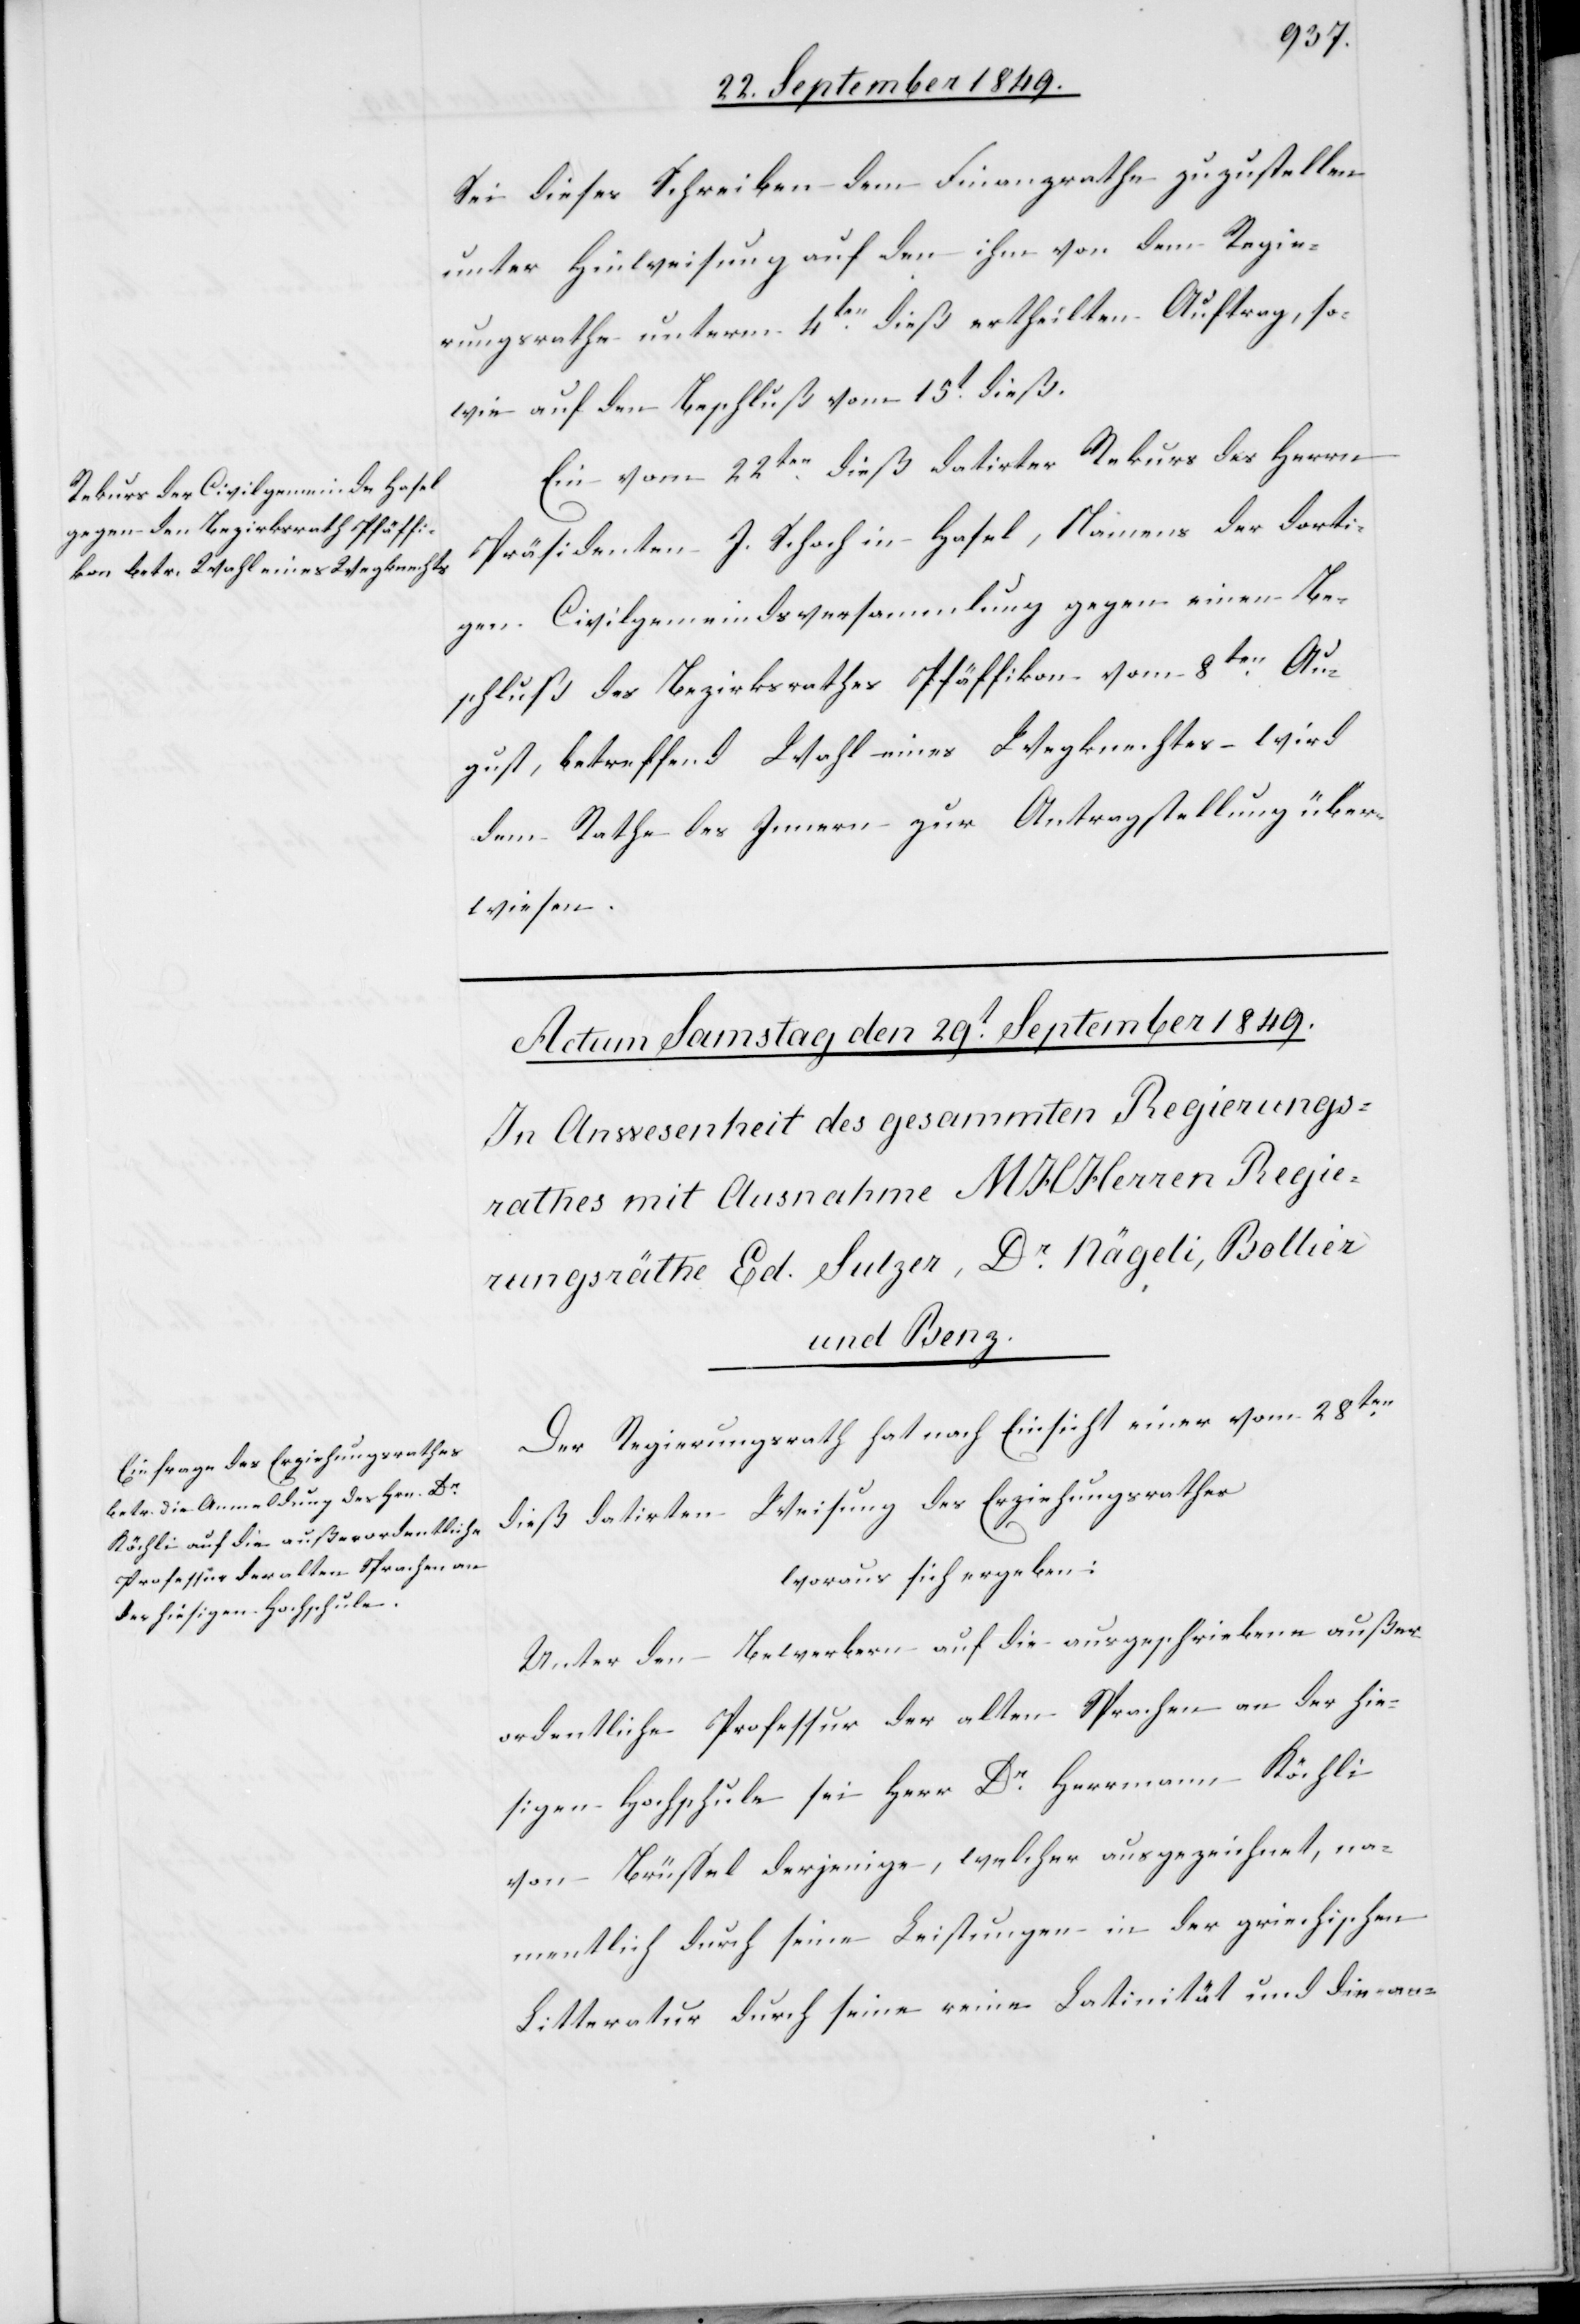
27 September 1849.]
Sei dieses Schreiben dem Finanzrathe zuzustellen
unter Hinweisung auf den ihm von dem Regie¬
rungsrathe unterm 4ten dieß ertheilten Auftrag, so¬
wie auf den Beschluß vom 15t dieß.
Ein vom 22ten dieß datirter Rekurs des Herrn
Präsidenten J. Schoch in Hasel, Namens der dorti¬
gen Civilgemeindsversammlung gegen einen Be¬
schluß des Bezirksrathes Pfäffikon vom 8ten Au¬
gust, betreffend Wahl eines Wegknechtes wird
dem Rathe des Innern zur Antragstellung über¬
wiesen.
Der Regierungsrath hat nach Einsicht einer vom 28ten
dieß datirten Weisung des Erziehungsrathes
woraus sich ergeben:
Unter den Bewerbern auf die ausgeschriebene außer¬
ordentliche Professur der alten Sprachen an der hie¬
sigen Hochschule sei Herr Dr Herrmann Köchli
von Brüssel derjenige, welcher ausgezeichnet, na¬
mentlich durch seine Leistungen in der griechischen
Litteratur durch seine reine Latinität und die an-